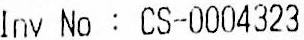
INV NO : CS-0004323